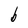
Character: b